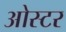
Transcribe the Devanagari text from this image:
ओस्टर